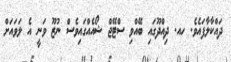
ދައްކާލާފައެވެ. ހއ. ދިއްދޫގައި ބޭއްވި ސްޓޭޖް ޝޯއެއްގައިވެސް ނުޒޫ ވަނީ އެ ލަވައަށް